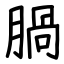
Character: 腡